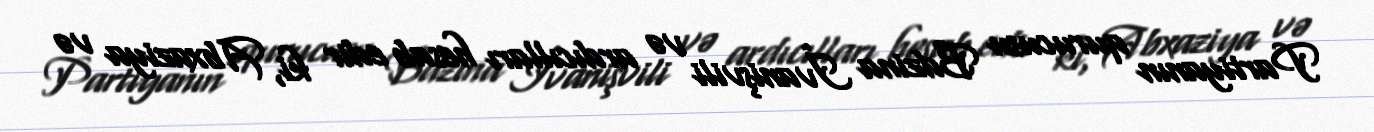
Partiyanın qurucusu Bdzina İvanişvili və ardıcılları hesab edir ki, Abxaziya və